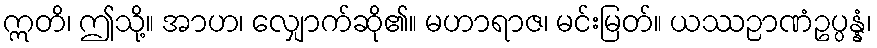
ဣတိ၊ ဤသို့။ အာဟ၊ လျှောက်ဆို၏။ မဟာရာဇ၊ မင်းမြတ်။ ယဿဉာဏံဥပ္ပန္နံ၊